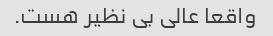
واقعا عالی بی نظیر هست.